Indian journal of veterinary science and animal husbandry - Volume 14,
Year: 1944
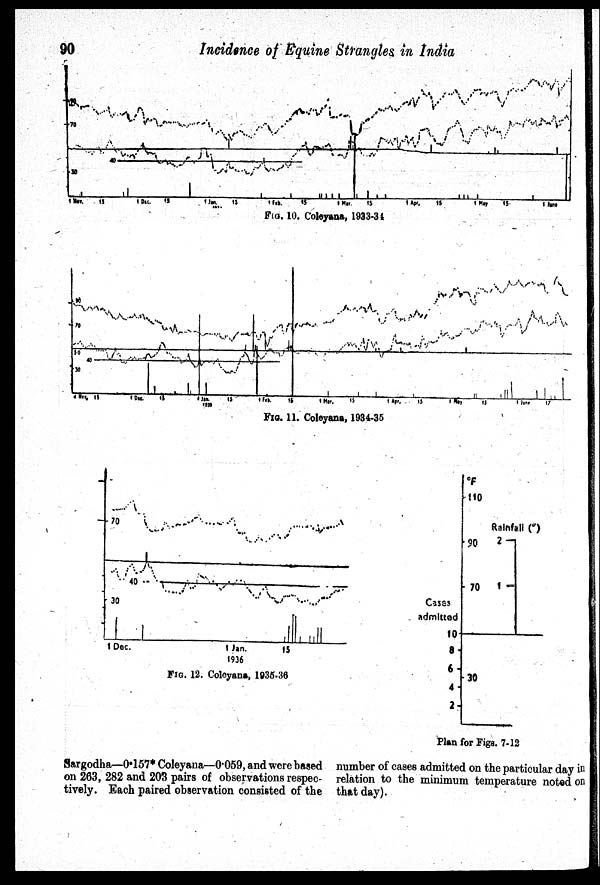
90
Incidence of Equine Strangles in India
FIG. 10. Coleyana, 1933-34
FIG. 11. Coleyana, 1934-35
FIG. 12. Coleyana, 1935-36
Plan for Figs. 7-12
Sargodha—0.157* Coleyana—0.059, and were based
on 263, 282 and 203 pairs of observations respec-
tively. Each paired observation consisted of the
number of cases admitted on the particular day in
relation to the minimum temperature noted on
that day).